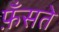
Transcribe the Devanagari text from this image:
फ़ँसते